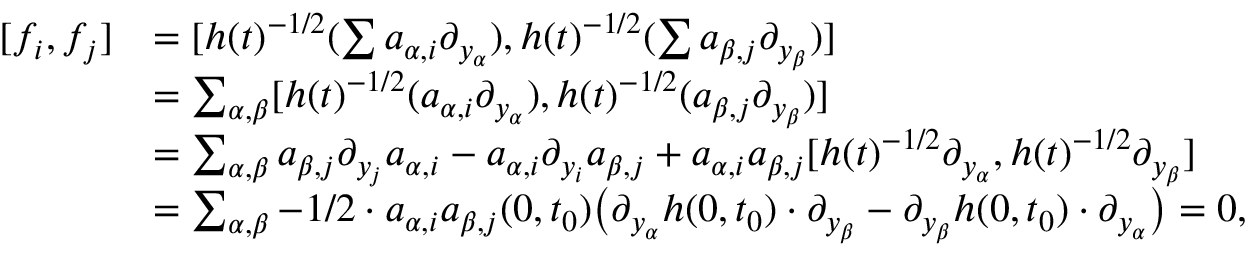
\begin{array} { r l } { [ f _ { i } , f _ { j } ] } & { = [ h ( t ) ^ { - 1 / 2 } ( \sum a _ { \alpha , i } \partial _ { y _ { \alpha } } ) , h ( t ) ^ { - 1 / 2 } ( \sum a _ { \beta , j } \partial _ { y _ { \beta } } ) ] } \\ & { = \sum _ { \alpha , \beta } [ h ( t ) ^ { - 1 / 2 } ( a _ { \alpha , i } \partial _ { y _ { \alpha } } ) , h ( t ) ^ { - 1 / 2 } ( a _ { \beta , j } \partial _ { y _ { \beta } } ) ] } \\ & { = \sum _ { \alpha , \beta } a _ { \beta , j } \partial _ { y _ { j } } a _ { \alpha , i } - a _ { \alpha , i } \partial _ { y _ { i } } a _ { \beta , j } + a _ { \alpha , i } a _ { \beta , j } [ h ( t ) ^ { - 1 / 2 } \partial _ { y _ { \alpha } } , h ( t ) ^ { - 1 / 2 } \partial _ { y _ { \beta } } ] } \\ & { = \sum _ { \alpha , \beta } - 1 / 2 \cdot a _ { \alpha , i } a _ { \beta , j } ( 0 , t _ { 0 } ) \bigl ( \partial _ { y _ { \alpha } } h ( 0 , t _ { 0 } ) \cdot \partial _ { y _ { \beta } } - \partial _ { y _ { \beta } } h ( 0 , t _ { 0 } ) \cdot \partial _ { y _ { \alpha } } \bigr ) = 0 , } \end{array}